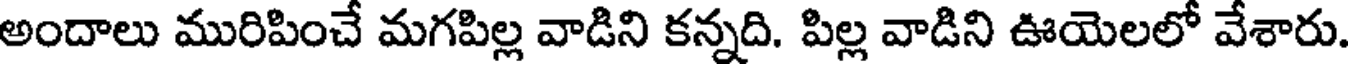
అందాలు మురిపించే మగపిల్ల వాడిని కన్నది. పిల్ల వాడిని ఊయెలలో వేశారు.